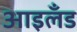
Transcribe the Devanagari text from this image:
आइलॅंड